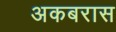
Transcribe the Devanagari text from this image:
अकबरास